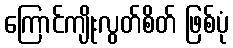
ကြောင်ကျိုးလွတ်စိတ် ဖြစ်ပုံ